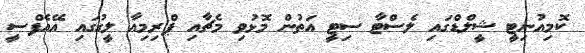
ކޮމިއުނިޓީ ޝީލްޑްގައި ލެސްޓާ ސިޓީ އަތުން މޮޅުވި މެޗާއި ޕްރިމިއާ ލީގުގައި އޭއެފްސީ